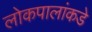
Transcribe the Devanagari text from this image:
लोकपालांकडे